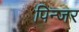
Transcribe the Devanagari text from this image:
पिन्जर